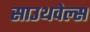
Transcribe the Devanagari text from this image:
साउथवेल्स